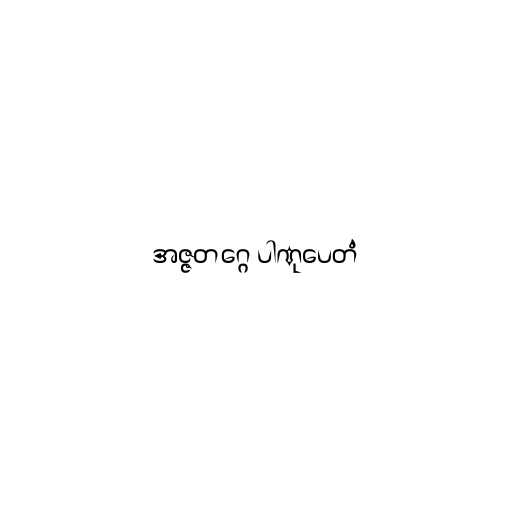
အဇ္ဇတဂ္ဂေ ပါဏုပေတံ